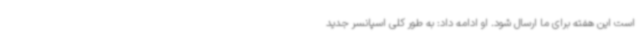
است این هفته برای ما ارسال شود. او ادامه داد: به طور کلی اسپانسر جدید